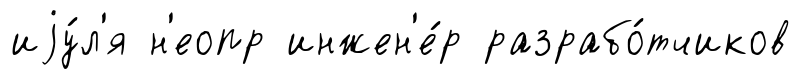
иjу́л'я н'еопр инжен'е́р разрабо́тчиков